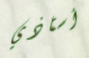
أستاذي